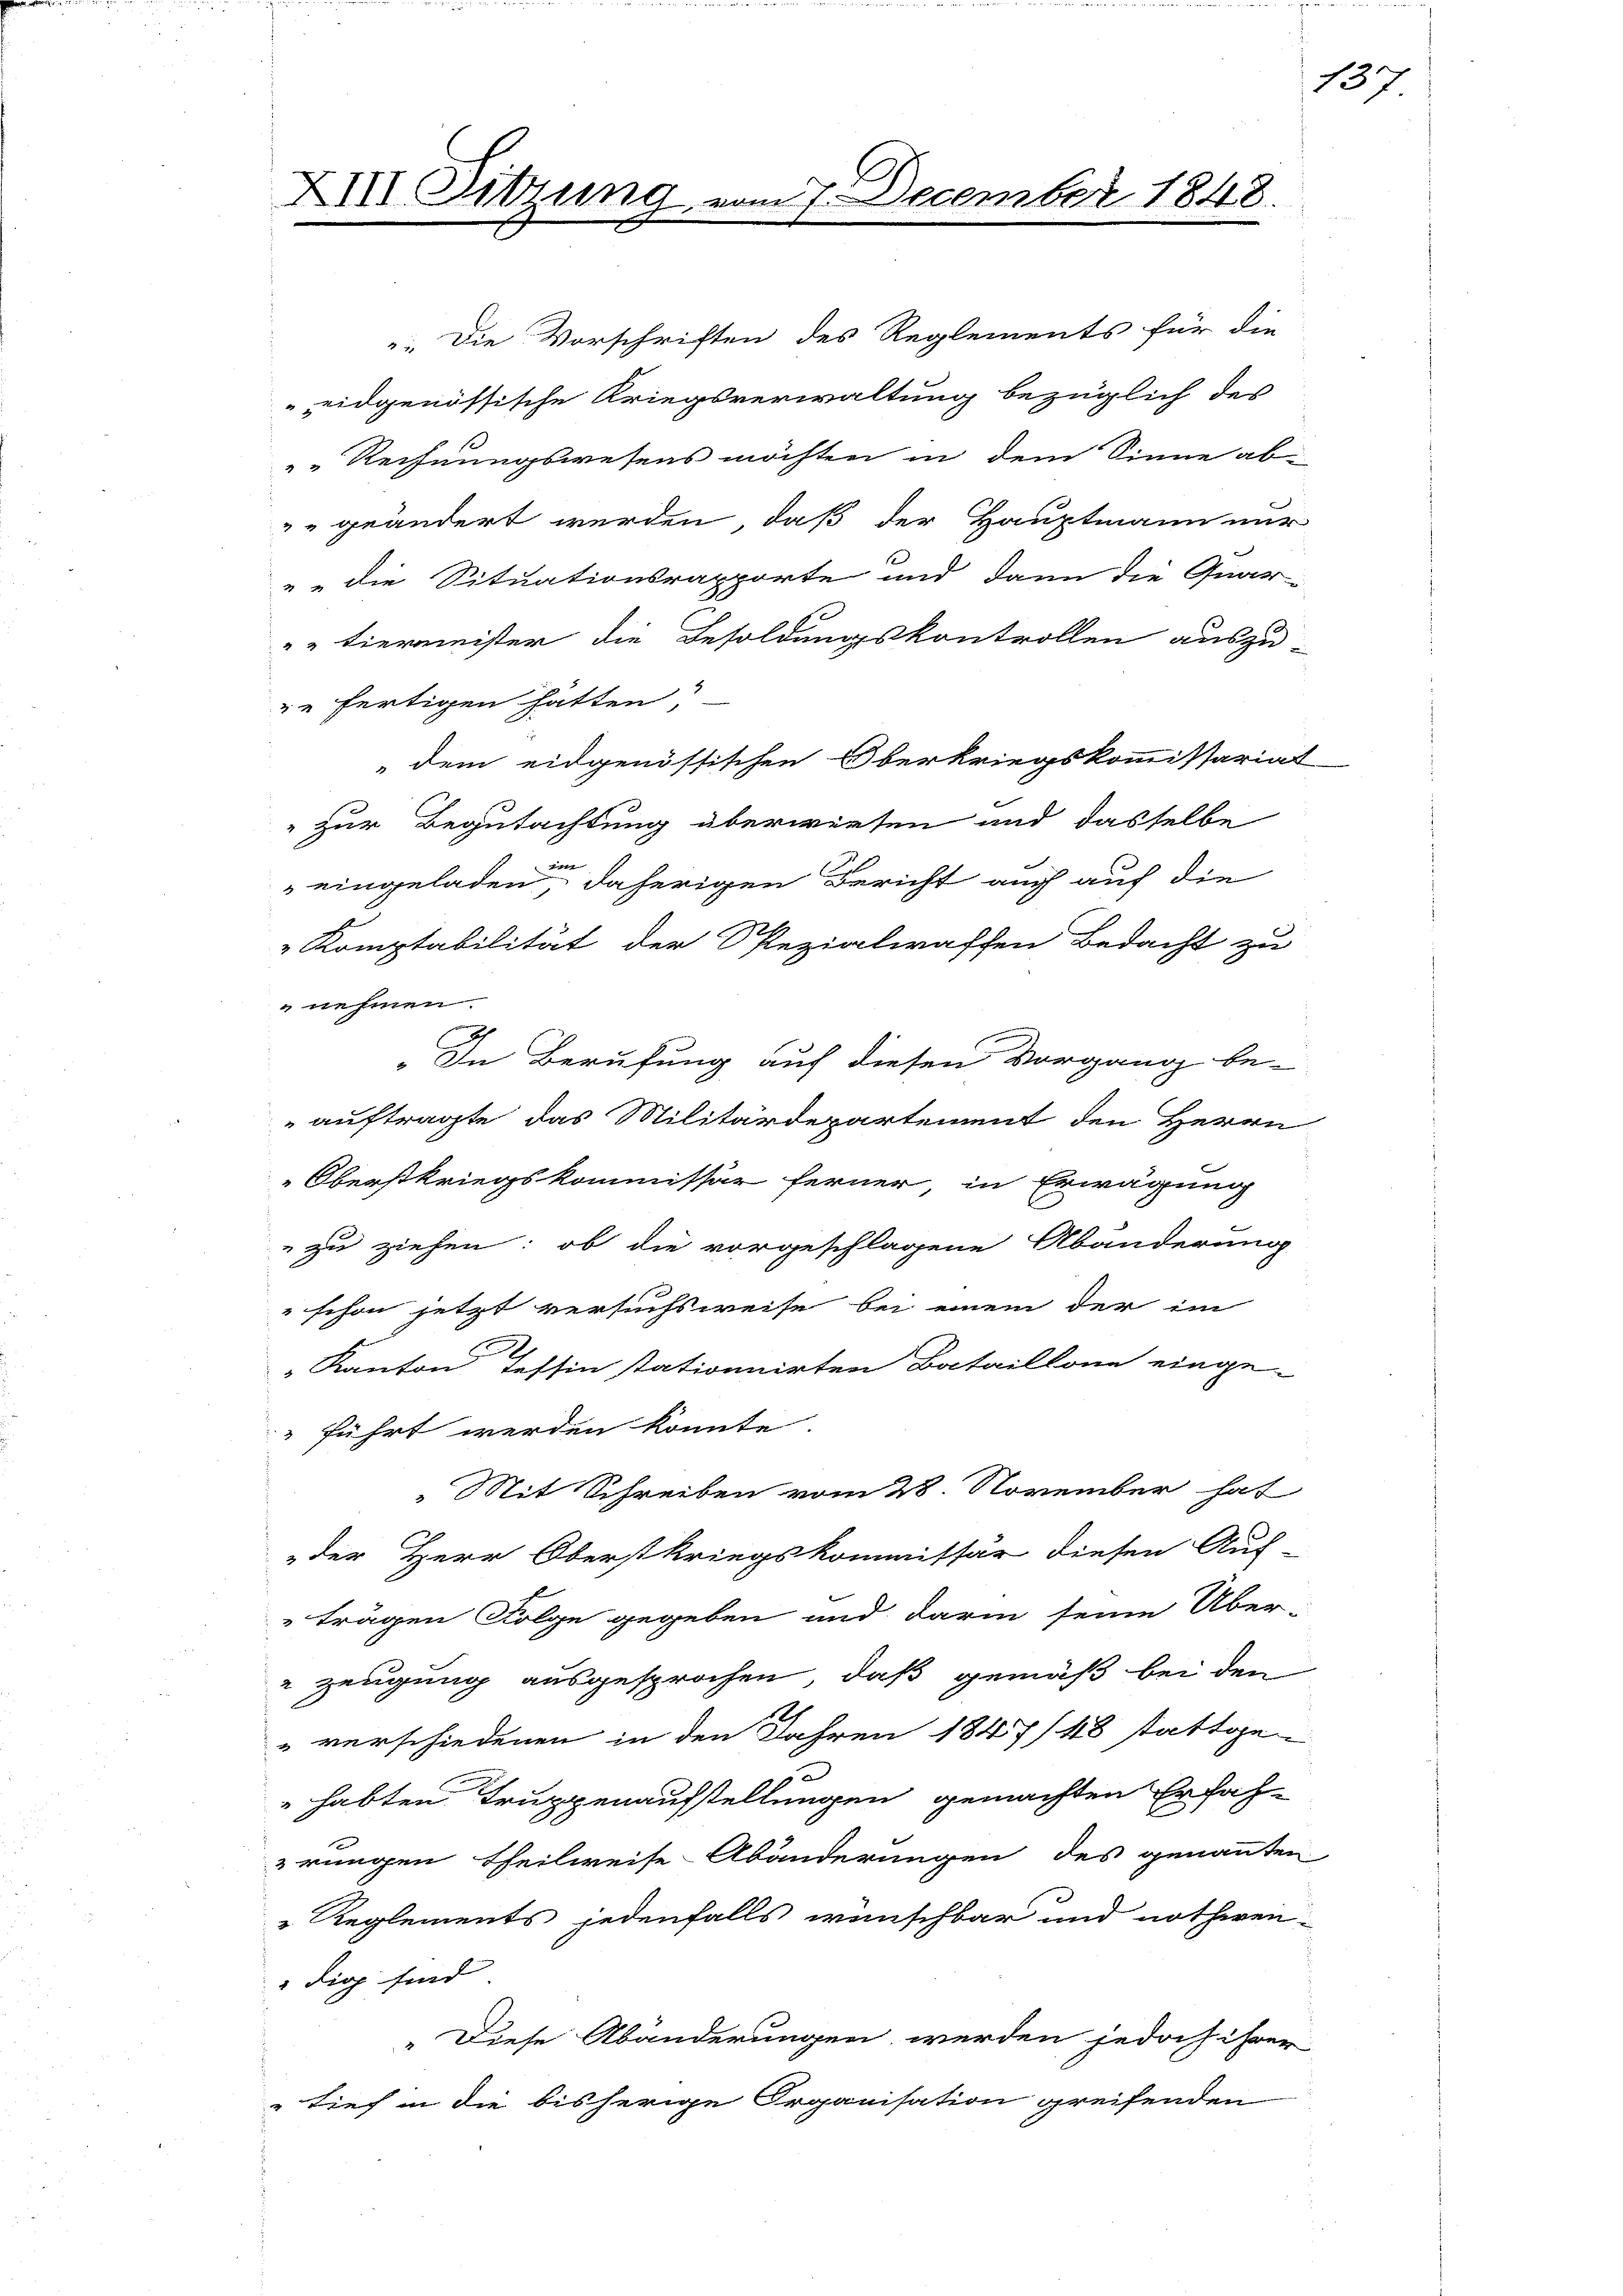
XIII Sitzung vom 7. December 1848.

eidgenössische Kriegsverwaltung bezüglich des
"" Rechnungswesens möchten in dem Sinne ab-
" geändert werden, daß der Hauptmann nur
" " die Situationsrapporte und dann die Quar
"" tiermeister die Besoldungskontrollen auszu-
ze fertigen hätten?
dem eidgenössischen Oberkriegskommissariat
" zur Begutachtung überwiesen und dasselbe
u
eingeladen, daherigen Bericht auch auf die
Komptabilität der Spezialwaffen Bedacht zu
 nehmen.
„In Berufung auf diesen Vorgang be-
auftragte das Militärdepartement den Herrn
Oberstkriegskommissär ferner, in Erwägung
zu ziehen: ob die vorgeschlagene Abänderung
" schon jetzt versuchsweise bei einem der im
" Kanton Tessin stationnirten Bataillone einge-
 führt werden könnte.
Mit Schreiben vom 28. November hat
der Herr Oberstkriegskommissär diesen Auf-
trägen Folge gegeben und darin seine Über-
 Zeugung ausgesprochen, daß gemäß bei den
" verschiedenen in den Jahren 1847/48 stattge-
habten Truppenaufstellungen gemachten Erfah-
rungen theilweise Abänderungen des genannten
Reglements jedenfalls wünschbar und nothwen-
" die sind
„Diese Abänderungen werden jedoch ihrer
" tief in die bisherige Organisation greifenden

Die Vorschriften des Reglements für die

437